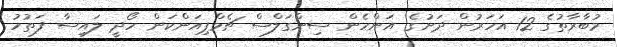
މުބާރާތުގެ 12 އަހަރުން ދަށުގެ އަންހެން ސިންގަލްސް ޗެމްޕިއަންކަން ހޯދީ ލައިސާ ފަތުހު